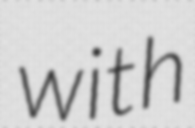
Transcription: with